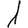
Digit: 1